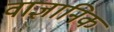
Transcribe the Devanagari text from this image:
वाज्ञानिक